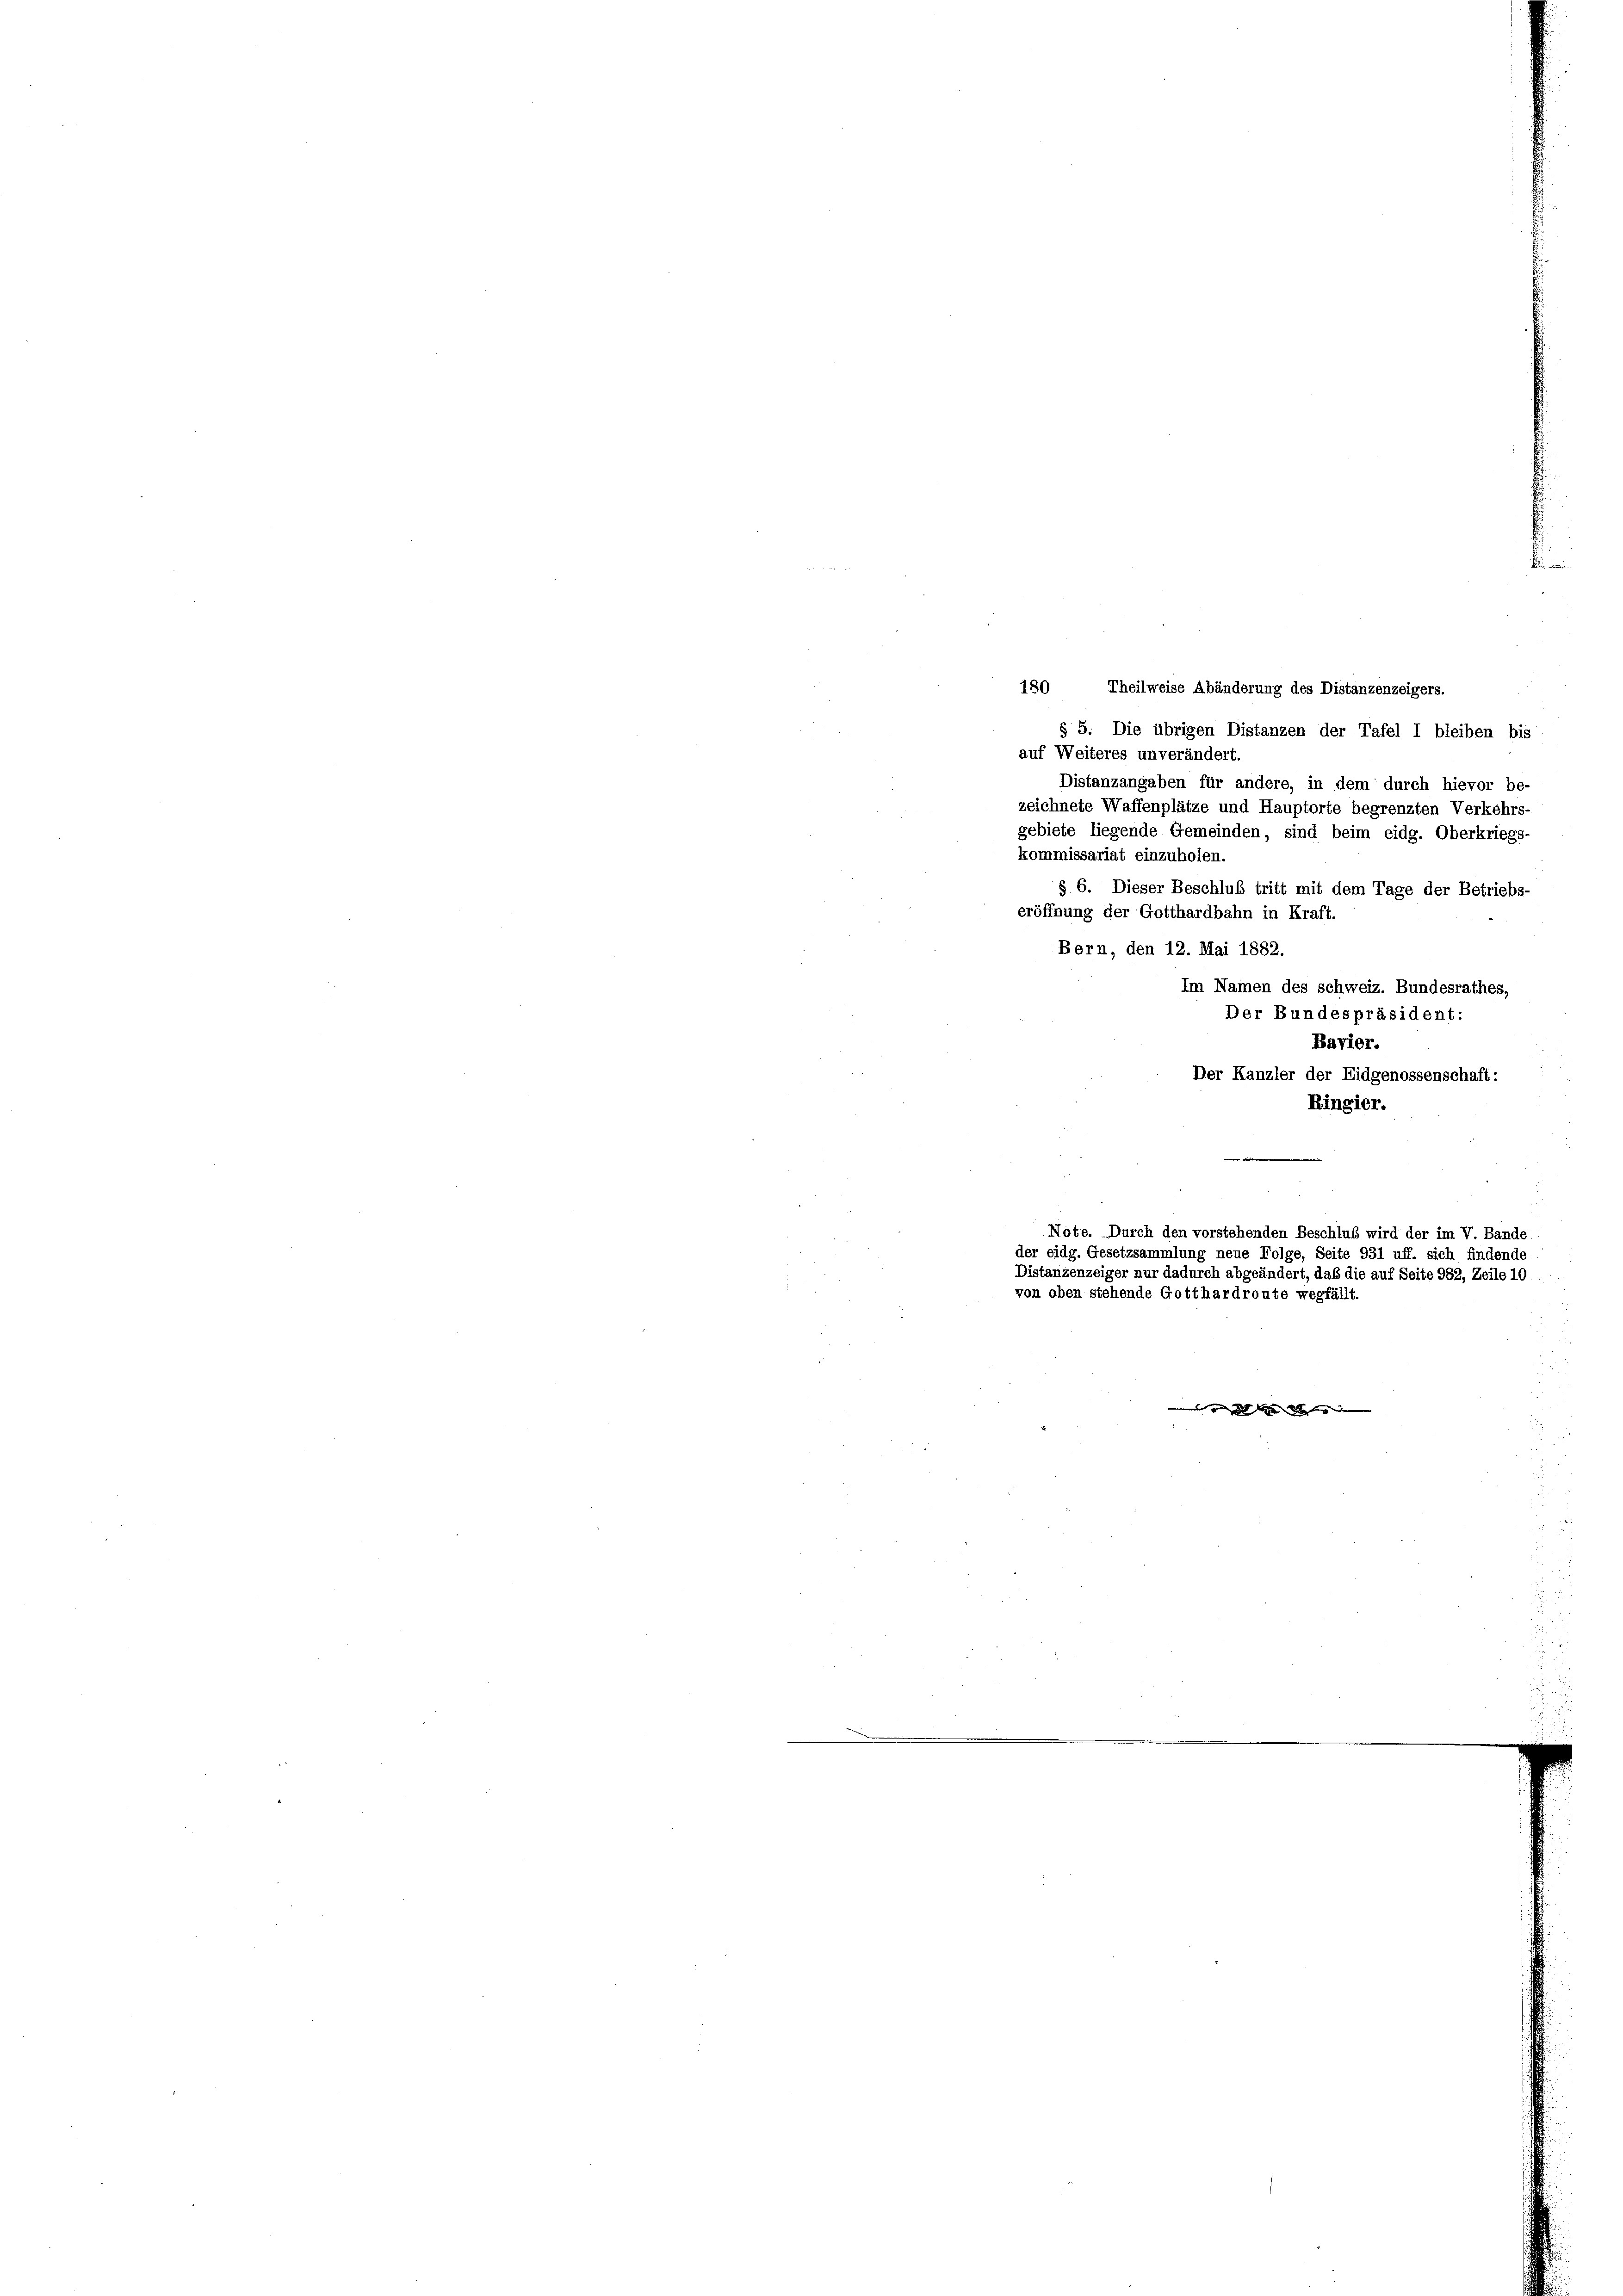
180 Theilweise Abänderung des Distanzenzeigers.
auf Weiteres unverändert.
zeichnete Waffenplätze und Hauptorte begrenzten Verkehrs-
gebiete liegende Gemeinden, sind beim eidg. Oberkriegs-
kommissariat einzuholen.

§ 5. Die übrigen Distanzen der Tafel I bleiben bis
Distanzangaben für andere, in dem durch hievor be-
§ 6. Dieser Beschluß tritt mit dem Tage der Betriebs-
eröffnung der Gotthardbahn in Kraft.
Bern, den 12. Mai 1882.
Im Namen des schweiz. Bundesrathes,

g   de

Der Bundespräsident:
Bavier.
Der Kanzler der Eidgenossenschaft:
Ringier.

Note. Durch den vorstehenden Beschluß wird der im V. Bande
der eidg. Gesetzsammlung neue Folge, Seite 931 uff. sich findende
Distanzenzeiger nur dadurch abgeändert, daß die auf Seite 982, Zeile 10.
von oben stehende Gotthardroute wegfällt.